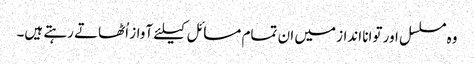
وہ مسلسل اور توانا انداز میں ان تمام مسائل کیلئے آواز اُٹھاتے رہتے ہیں۔